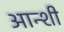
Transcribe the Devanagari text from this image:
आन्शी